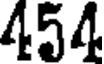
454